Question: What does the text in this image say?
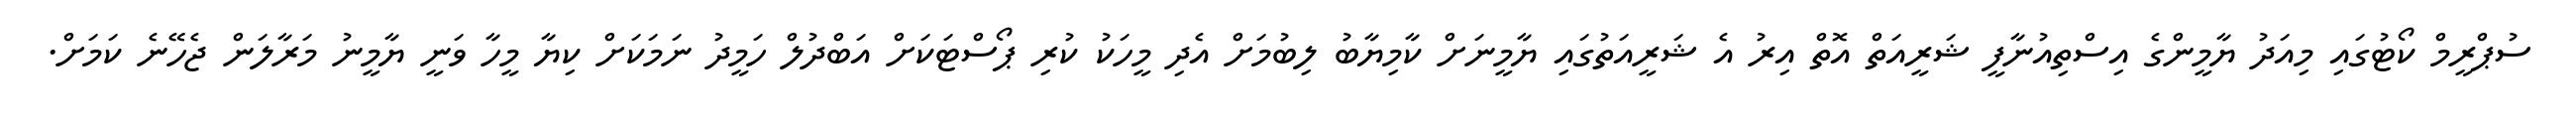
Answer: ސުޕްރީމް ކޯޓުގައި މިއަދު ޔާމީންގެ އިސްތިއުނާފީ ޝަރީއަތް އޮތް އިރު އެ ޝަރީއަތުގައި ޔާމީނަށް ކާމިޔާބު ލިބުމަށް އެދި މީހަކު ކުރި ޕޯސްޓަކަށް އަބްދުލް ހަމީދު ނަމަކަށް ކިޔާ މީހާ ވަނީ ޔާމީނު މަރާލަން ޖެހޭނެ ކަމަށް.